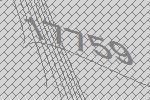
17759